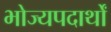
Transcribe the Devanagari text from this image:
भोज्यपदार्थों